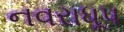
નવરાધૂપ